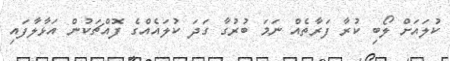
ކުލައަށް ލޯބި ކުރާ ފަރާތެއް ނަމަ ބުރުގާ ގަދަ ކުލައެއްގެ ފޮއްޗަކުން އަޅާލާފައި